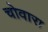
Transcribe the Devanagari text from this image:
चोवारा